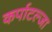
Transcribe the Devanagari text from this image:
कर्पाटल्जा